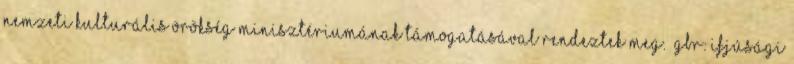
Nemzeti Kulturális Örökség Minisztériumának támogatásával rendeztek meg. GBR: Ifjúsági